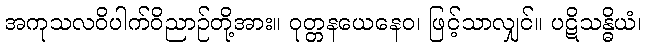
အကုသလဝိပါက်ဝိညာဉ်တို့အား။ ဝုတ္တနယေနေဝ၊ ဖြင့်သာလျှင်။ ပဋိသန္ဓိယံ၊